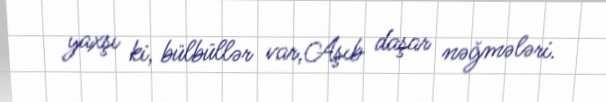
yaxşı ki, bülbüllər var,Aşıb daşar nəğmələri.